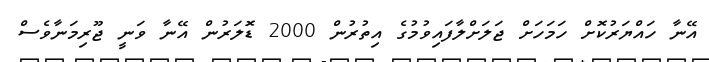
އޭނާ ހައްޔަރުކޮށް ހަމަހަށް ޖަލަށްލާފައިވުމުގެ އިތުރުން 2000 ޑޮަލަރުން އޭނާ ވަނީ ޖޫރިމަނާވެސް